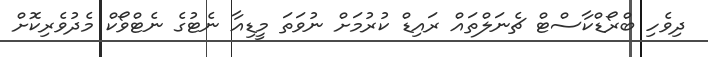
ދިވެހި ބްރޯޑްކާސްޓް ޗެނަލްތައް ރައިޑް ކުރުމަށް ނުވަތަ މީޑިއާ ނެޓުގެ ނެޓްވޯކް މެދުވެރިކޮށް